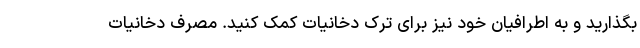
بگذارید و به اطرافیان خود نیز برای ترک دخانیات کمک کنید. مصرف دخانیات